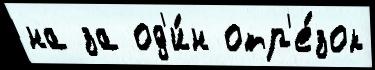
на за од'и́н отр'е́зок